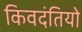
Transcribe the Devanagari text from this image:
किवदंतियो